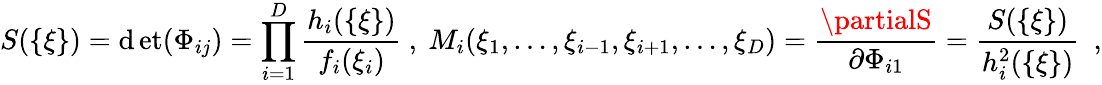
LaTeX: S(\{ \xi\} )=\operatorname*{\mathrm{d}et}(\Phi_{ij})=\prod_{i=1}^{D}{\frac{{h_{i}(\{ \xi\} )}}{{f_{i}(\xi_{i})}}}\ ,\ M_{i}(\xi_{1},\dots,\xi_{i-1},\xi_{i+1},\dots,\xi_{D})={\frac{{\partialS}}{{\partial\Phi_{i1}}}}={\frac{{S(\{ \xi\} )}}{{h_{i}^{2}(\{ \xi\} )}}}\enspace,